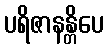
ပရိဇာနန္တိပေ